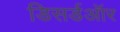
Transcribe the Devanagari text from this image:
डिसर्डऑर